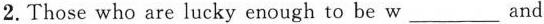
2.Those who are lucky enough to be w ___ and